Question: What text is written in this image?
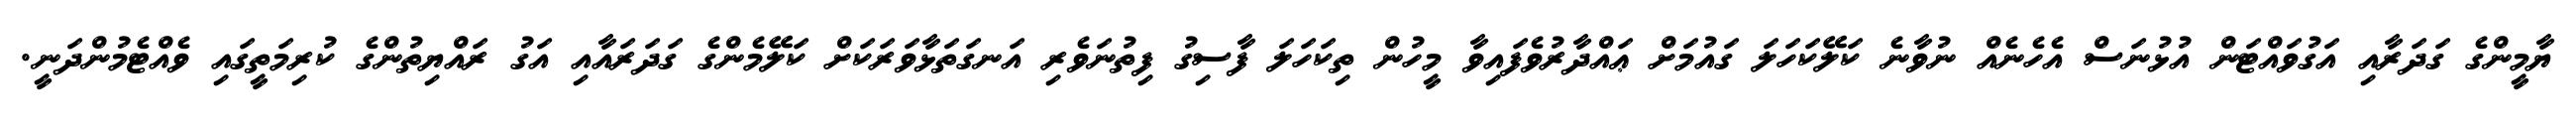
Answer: ޔާމީންގެ ގަދަރާއި އަގުވައްޓަން އުޅުނަސް އެހެނެއް ނުވާނެ ކަލޭކަހަލަ ގައުމަށް ޢައްދާރުވެފައިވާ މީހުން ތިކަހަލަ ފާސިގު ފިތުނަވެރި އަނގަތަޅާވަރަކަށް ކަލޭމެންގެ ގަދަރައާއި އަގު ރައްޔިތުންގެ ކުރިމަތީގައި ވެއްޓެމުންދަނީ.